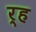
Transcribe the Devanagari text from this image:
र्ह